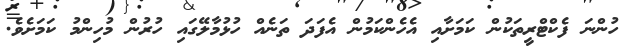
ހުންނަ ފެކްޓްރީތަކުން ކަމަށާއި އެހެންކަމުން އެފަދަ ތަނެއް ހުޅުމާލޭގައި ހުރުން މުހިންމު ކަމަށެވެ.